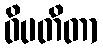
ဝိပတိတာ